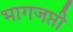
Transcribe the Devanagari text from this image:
भागजप्ती